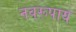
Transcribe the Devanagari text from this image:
नवरूपाय